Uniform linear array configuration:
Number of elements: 48
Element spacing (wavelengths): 0.75
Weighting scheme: blackman
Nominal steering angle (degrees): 30
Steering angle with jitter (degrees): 31.612
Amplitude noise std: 0.05
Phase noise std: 0.05

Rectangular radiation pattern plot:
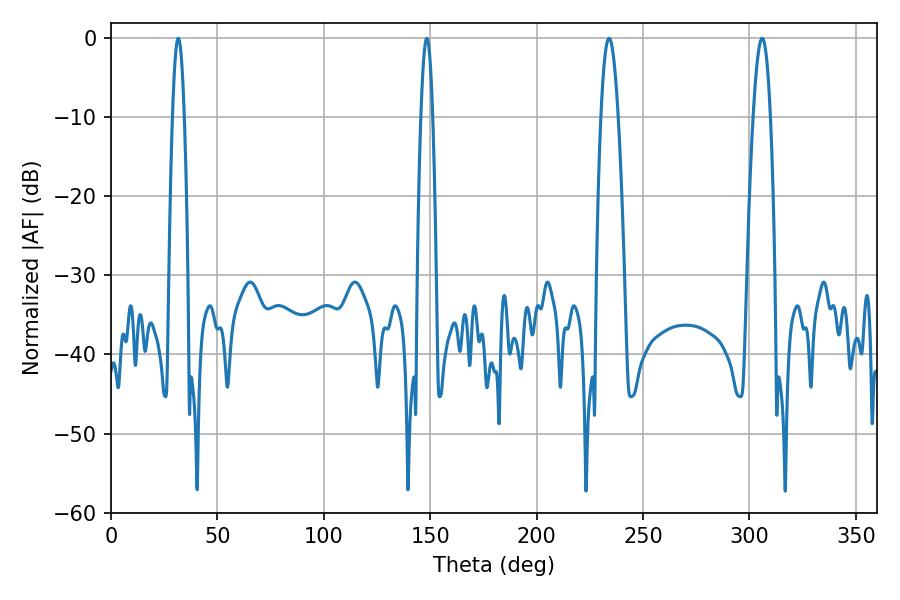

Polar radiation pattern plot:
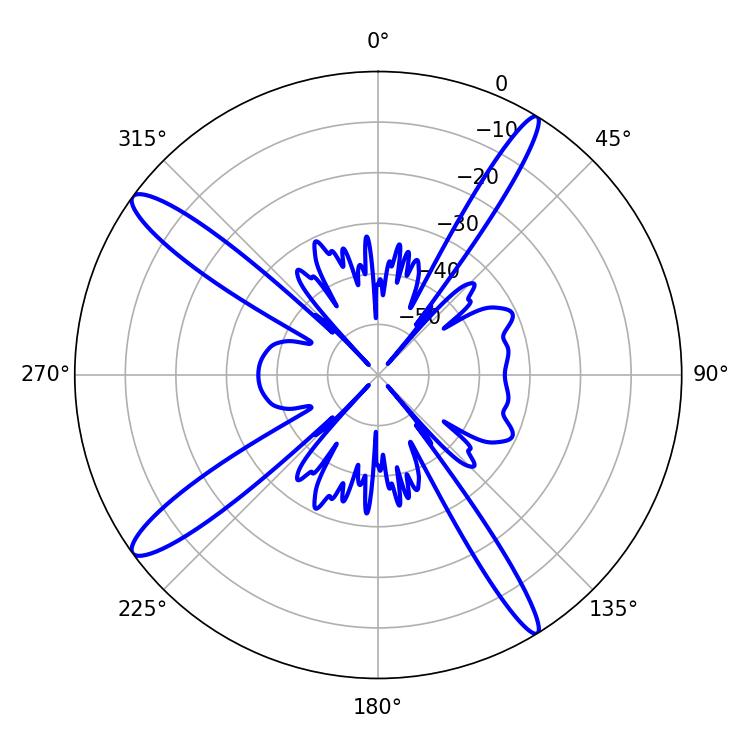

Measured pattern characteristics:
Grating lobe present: TRUE
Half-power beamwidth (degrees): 4.5
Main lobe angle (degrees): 306